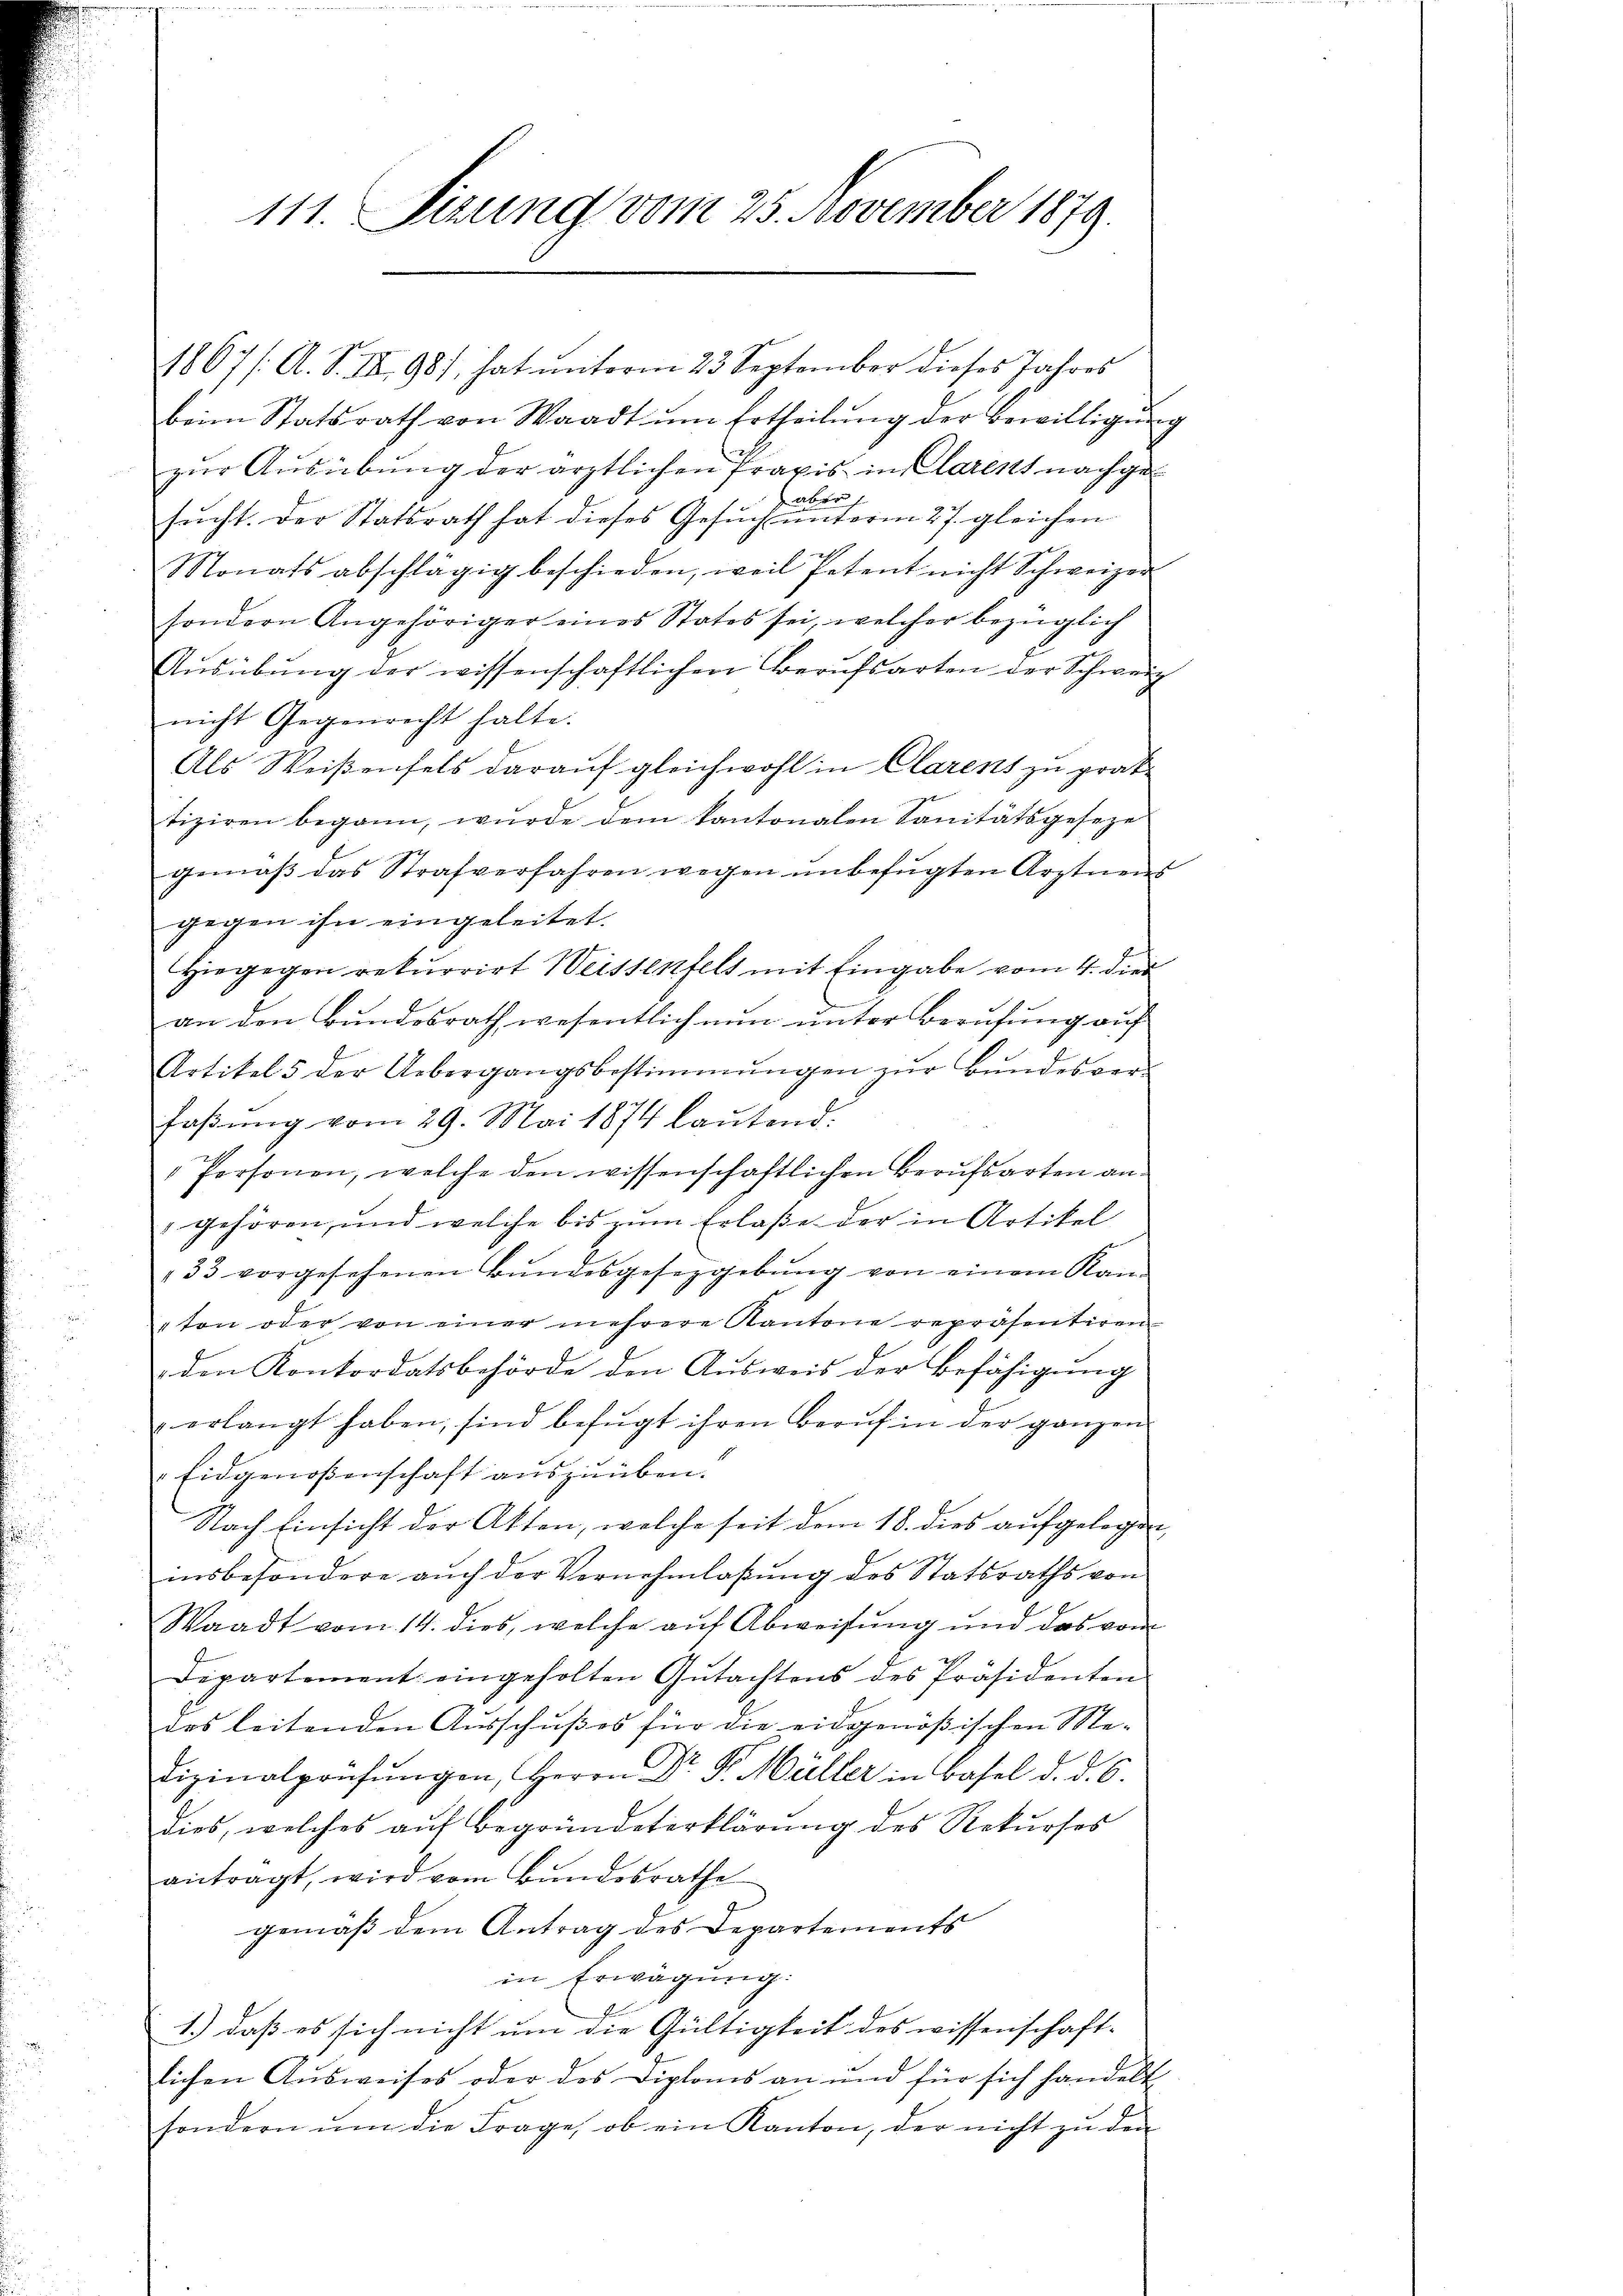
111. Sizung vom 25. November 1879.

1867/A. S. IX. 987, hat unterm 23. September dieses Jahres
beim Statsrath von Waadt ŭm Ertheilŭng der Bewilligung
zur Ausübung der ärztlichen Praxis in Clarent nachge¬
 aber
sucht. Der Statsrath hat dieses Gesuch unterm 27. gleichen
Monats abschlägig beschieden, weil Petent nicht Schweizer
sondern Angehöriger eines States sei, welcher bezüglich
Aŭsübŭng der wissenschaftlichen Berufsarten der Schweiz
nicht Gegenrecht halte.
Als Weißenfels darauf gleichwohl in Clarens zu prak
tiziren begann, würde dem kantonalen Sanitätsgeseze
gemäß das Strafverfahren wegen unbefugten Arztnens
gegen ihn eingeleitet.
Hiegegen rekurrirt Weissenfels mit Eingabe vom 4. dies
an den Bundesrath wesentlich nun unter Berufung auf
Artikel 5 der Uebergangsbestimmungen zŭr Bŭndesver-
faβŭng vom 29. Mai 1874 laŭtend.
 Personen, welche den wissenschaftlichen Berufsarten an
 gehören, und welche bis zŭm Erlaße der in Artikel
33 vorgesehenen Bŭndesgeseggebŭng von einem Kan-
" ton oder von einer mehrere Kantone repräsentiren
den Kontordatsbehörde den Ausweis der Befähigung
erlangt haben, sind befŭgt ihren Beruf in der ganzen
Eidgenoßenschaft auszuüben.
Nach Einsicht der Akten, welche seit dem 18. dies aufgelegen,
insbesondere aŭch der Vernehmlassŭng des Statsraths von
Waadt vom 14. dies, welche auf Abweisung und das vom
Departement eingeholten Gutachtens des Präsidenten
des leitenden Ausschußes für die eidgenößischen Medizinalprüfungen, Herrn Dr. Pr. Müller in Basel d. d. 6.
dies, welches auf Begründeterklärung des Rekurses
antragt, wird vom Bŭndesrathe
gemäß dem Antrag des Departements
in Erwägung:
1.) daß es sich nicht um die Gültigkeit des wissenschaft-
lichen Ausweises oder das Diploms an und für sich handelt
sondern ŭm die Frage, ob ein Kanton, der nicht zŭ den